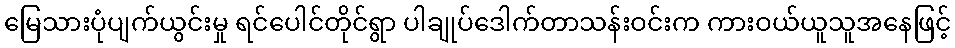
မြေသားပုံပျက်ယွင်းမှု ရင်ပေါင်တိုင်ရွာ ပါချုပ်ဒေါက်တာသန်းဝင်းက ကားဝယ်ယူသူအနေဖြင့်